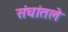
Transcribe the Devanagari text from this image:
संघांतले